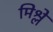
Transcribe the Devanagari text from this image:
मिश्ले